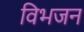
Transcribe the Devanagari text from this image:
विभजन